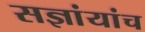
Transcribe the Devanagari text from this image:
सज्ञांयांच